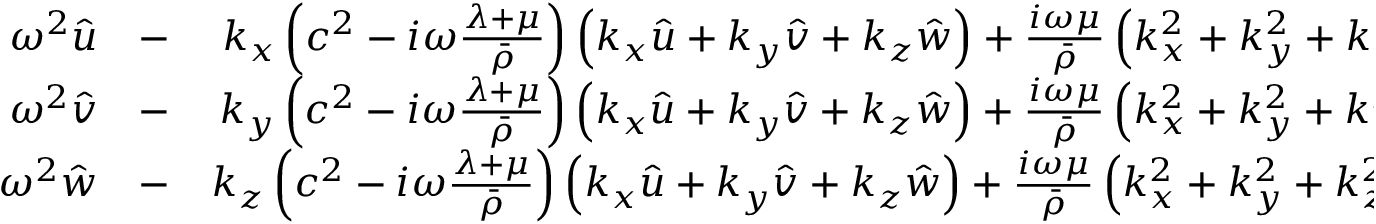
\begin{array} { r l r } { \omega ^ { 2 } \hat { u } } & { { } - } & { k _ { x } \left( c ^ { 2 } - i \omega \frac { \lambda + \mu } { \bar { \rho } } \right) \left( k _ { x } \hat { u } + k _ { y } \hat { v } + k _ { z } \hat { w } \right) + \frac { i \omega \mu } { \bar { \rho } } \left( k _ { x } ^ { 2 } + k _ { y } ^ { 2 } + k _ { z } ^ { 2 } \right) \hat { u } = 0 } \\ { \omega ^ { 2 } \hat { v } } & { { } - } & { k _ { y } \left( c ^ { 2 } - i \omega \frac { \lambda + \mu } { \bar { \rho } } \right) \left( k _ { x } \hat { u } + k _ { y } \hat { v } + k _ { z } \hat { w } \right) + \frac { i \omega \mu } { \bar { \rho } } \left( k _ { x } ^ { 2 } + k _ { y } ^ { 2 } + k _ { z } ^ { 2 } \right) \hat { v } = 0 } \\ { \omega ^ { 2 } \hat { w } } & { { } - } & { k _ { z } \left( c ^ { 2 } - i \omega \frac { \lambda + \mu } { \bar { \rho } } \right) \left( k _ { x } \hat { u } + k _ { y } \hat { v } + k _ { z } \hat { w } \right) + \frac { i \omega \mu } { \bar { \rho } } \left( k _ { x } ^ { 2 } + k _ { y } ^ { 2 } + k _ { z } ^ { 2 } \right) \hat { w } = 0 } \end{array}